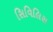
સિવિલિસ